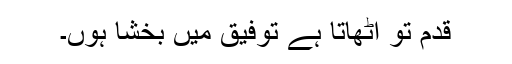
قدم تو اٹھاتا ہے توفیق میں بخشا ہوں۔